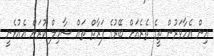
އިން އެހާވަރުން ތީގެ ތެރެއަށް ބޭރުގެ ފަރާތް ތައް ޝާމިލް ކުރަން އެއުޅެނީ